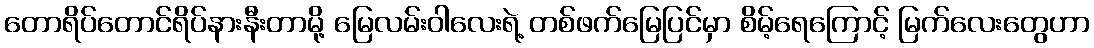
တောရိပ်တောင်ရိပ်နားနီးတာမို့ မြေလမ်းဝါလေးရဲ့ တစ်ဖက်မြေပြင်မှာ စိမ့်ရေကြောင့် မြက်လေးတွေဟာ